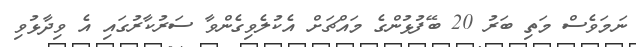
ނަމަވެސް މަތި ބަރު 20 ބޭފުޅުންގެ މައްޗަށް އެކުލެވިގެންވާ ސަރުކާރުގައި އެ ވިދާޅުވި